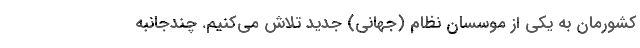
کشورمان به یکی از موسسان نظام (جهانی) جدید تلاش می‌کنیم. چندجانبه